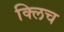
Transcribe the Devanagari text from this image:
क्लिच